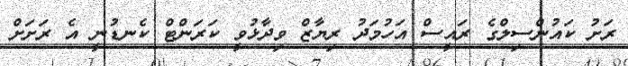
ރަށު ކައުންސިލްގެ ރައީސް އަހުމަދު ރިޔާޒް ވިދާޅުވީ ކަރަންޓް ކެނޑުނީ އެ ރަށަށް